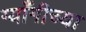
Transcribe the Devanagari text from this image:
ग्याँगीच्या